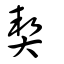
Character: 𢍆